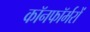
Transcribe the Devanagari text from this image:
कॉनफॉर्मरों